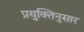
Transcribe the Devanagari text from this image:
प्रयुक्तिनुसार